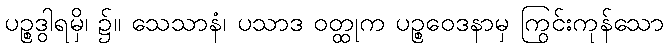
ပဉ္စဒွါရမှိ၊ ၌။ သေသာနံ၊ ပသာဒ ဝတ္ထုက ပဉ္စဝေဒနာမှ ကြွင်းကုန်သော